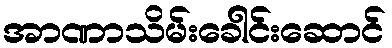
အာဏာသိမ်းခေါင်းဆောင်